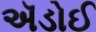
ઍડોઈ